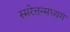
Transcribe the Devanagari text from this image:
स्मरेत्तन्मध्यगं